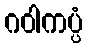
ဂဝါကပ္ပံ